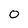
Character: 0